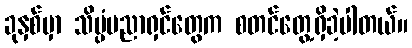
ခုနှစ်မှာ သိပ္ပံပညာရှင်တွေက စတင်တွေ့ရှိခဲ့ပါတယ်။